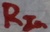
Text: RIN